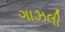
ગાઝલી